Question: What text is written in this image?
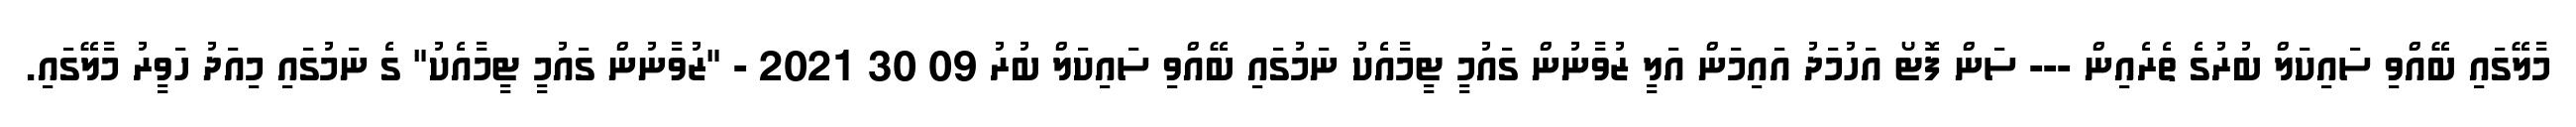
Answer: މާލޭގައި ބޭއްވި ސައިކަލް ބުރުގެ ތެރެއިން --- ސަން ފޮޓޯ އަހުމަދު އައިމަން އަލީ ޒުވާނުން ގައުމީ ޓީމާއެކު ނަމުގައި ބޭއްވި ސައިކަލް ބުރު 09 30 2021 - "ޒުވާނުން ގައުމީ ޓީމާއެކު" ގެ ނަމުގައި މިއަދު ހަވީރު މާލޭގައި.